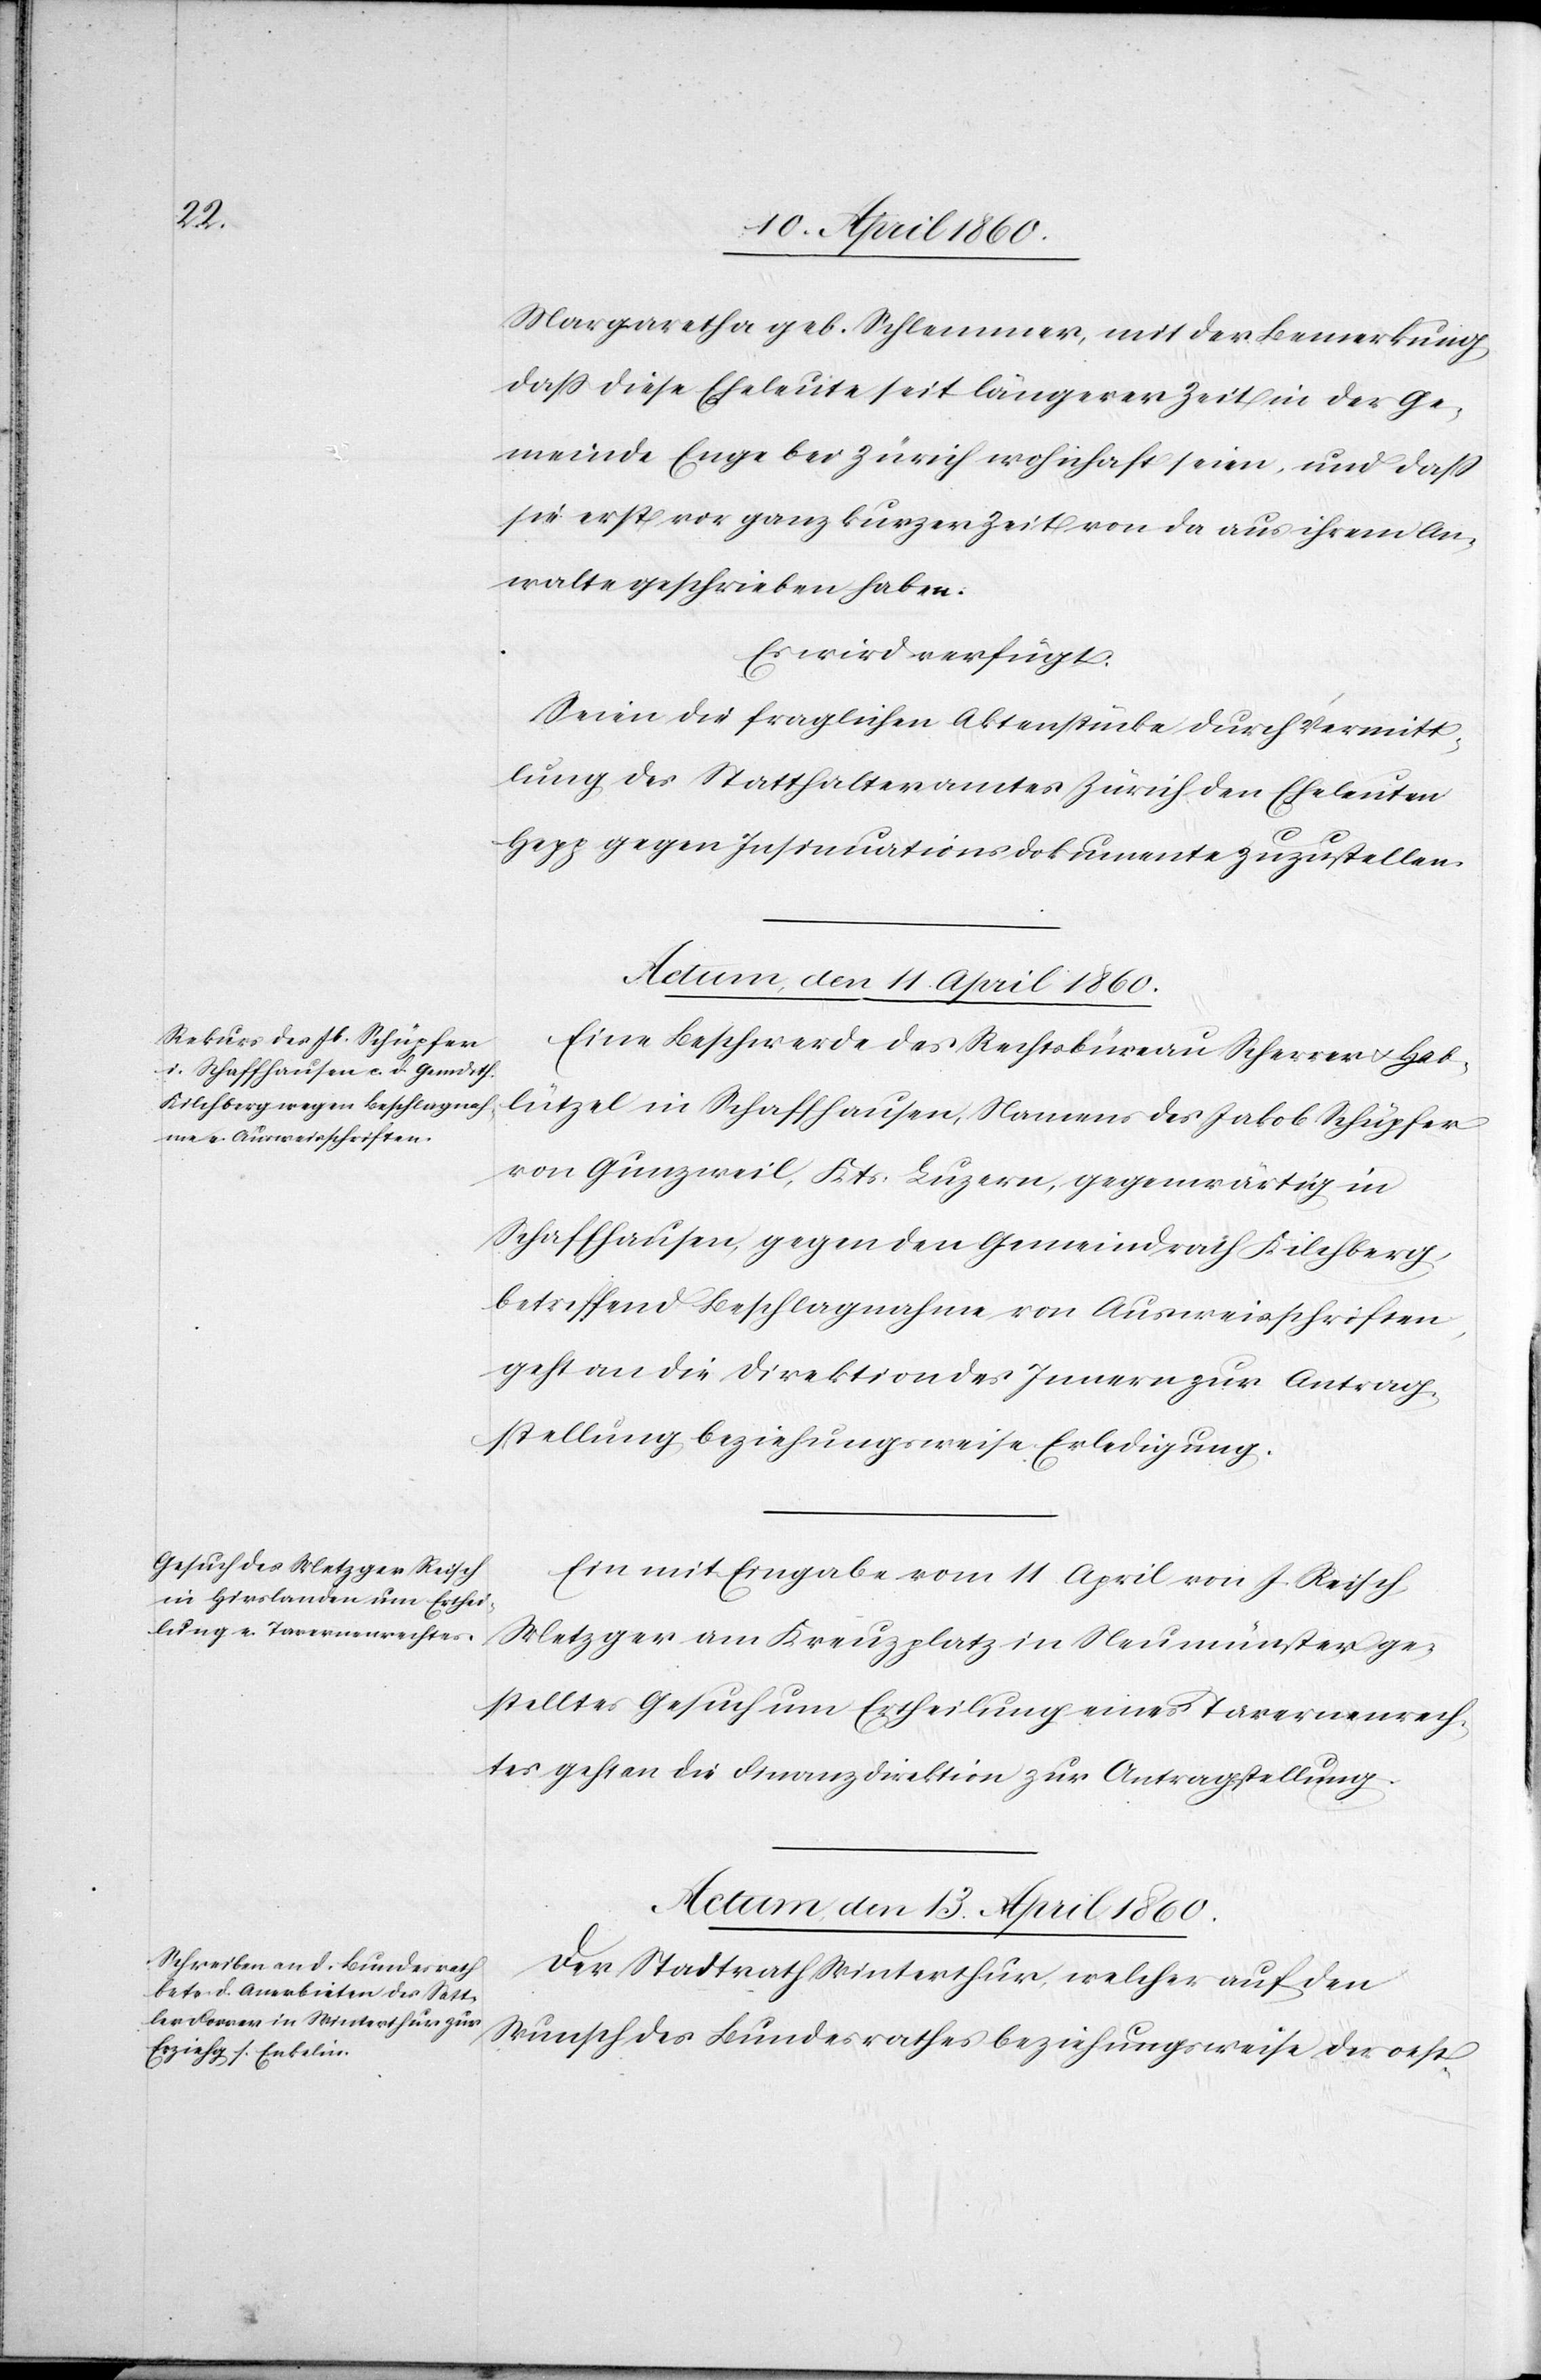
Margaretha geb. Schlemmer, mit der Bemerkung,
dass diese Eheleute seit längerer Zeit in der Ge¬
meinde Enge bei Zürich wohnhaft seien, und dass
sie erst vor ganz kurzer Zeit von da aus ihrem An¬
walte geschrieben haben.
Es wird verfügt:
Seien die fraglichen Aktenstücke durch Vermitt¬
lung des Statthalteramtes Zürich den Eheleuten
Hepp gegen Insinuationsdokumente zuzustellen.
Actum den 11. April 1860.]
Eine Beschwerde des Rechtsbüreau Scherrer u. Hab¬
lützel in Schaffhausen, Namens des Jakob Schüpfer
von Gunzweil, Kts. Luzern, gegenwärtig in
Schaffhausen, gegen den Gemeindrath Kilchberg,
betreffend Beschlagnahme von Ausweisschriften,
geht an die Direktion des Innern zur Antrag¬
stellung beziehungsweise Erledigung.
Ein mit Eingabe vom 11. April von J. Reisch
Metzger am Kreuzplatz in Neumünster ge¬
stelltes Gesuch um Ertheilung eines Tavernenrech¬
tes geht an die Finanzdirektion zur Antragstellung.
Actum, den 13. April 1860.
Der Stadtrath Winterthur, welcher auf den
Wunsch des Bundesrathes beziehungsweise der oest-